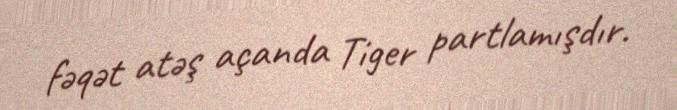
fəqət atəş açanda Tiger partlamışdır.